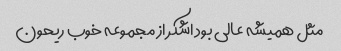
مثل همیشه عالی بود اشکر از مجموعه خوب ریحون